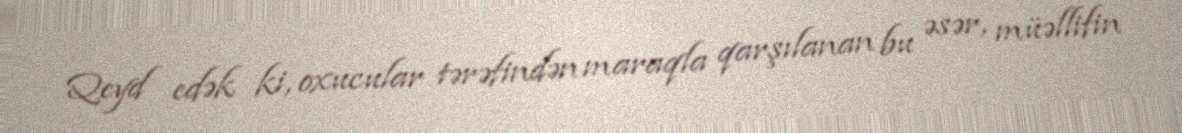
Qeyd edək ki, oxucular tərəfindən maraqla qarşılanan bu əsər, müəllifin